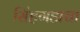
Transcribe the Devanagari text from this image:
सिंहगडाचा